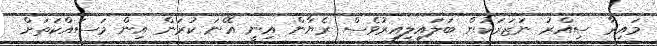
މައިރާ ސިއްރު ނަޒަރަކުން ބަލައިލިއިރުވެސް ރެޔާން އިނީ އޭނަ ކުރަން އިން މަސައްކަތަށް